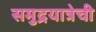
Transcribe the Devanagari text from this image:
समुद्रयात्रेची